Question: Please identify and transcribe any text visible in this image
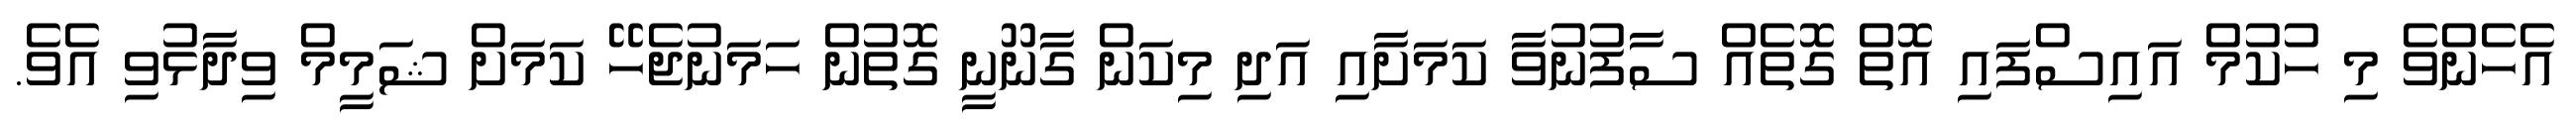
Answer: އެހެންވެ މި ހުކުމް އައިސްފައި އޮތް ގޮތެއް ސާފުނުވާ ކަމަށާއި އަދި މިކަން ގާނޫނީ ގޮތުން ހަމަނުޖެހޭ ކަމަށް ޝަމީމް ވިދާޅުވި އެވެ.